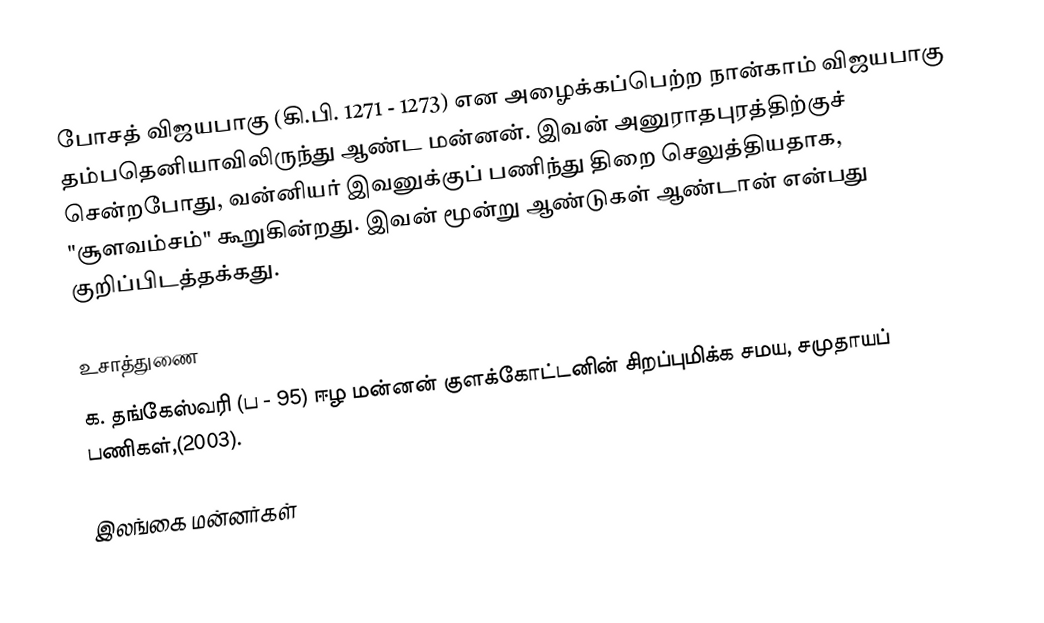
போசத் விஜயபாகு (கி.பி. 1271 - 1273) என அழைக்கப்பெற்ற நான்காம் விஜயபாகு தம்பதெனியாவிலிருந்து ஆண்ட மன்னன். இவன் அனுராதபுரத்திற்குச் சென்றபோது, வன்னியர் இவனுக்குப் பணிந்து திறை செலுத்தியதாக, "சூளவம்சம்" கூறுகின்றது. இவன் மூன்று ஆண்டுகள் ஆண்டான் என்பது குறிப்பிடத்தக்கது.

உசாத்துணை
க. தங்கேஸ்வரி (ப - 95) ஈழ மன்னன் குளக்கோட்டனின் சிறப்புமிக்க சமய, சமுதாயப் பணிகள்,(2003).

இலங்கை மன்னர்கள்